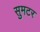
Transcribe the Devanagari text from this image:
सुमटर